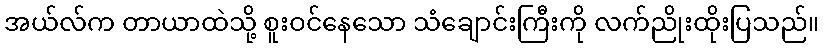
အယ်လ်က တာယာထဲသို့ စူးဝင်နေသော သံချောင်းကြီးကို လက်ညိုးထိုးပြသည်။